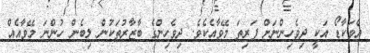
އެވަކާޑޯ އަކީ ދިވެހިންނަށް ފަރިތަ މޭވާއެކެވެ. ދިވެހިންގެ ބާޒާރުތަކުން ލިބެން ހުންނަ މޭވާއެއް